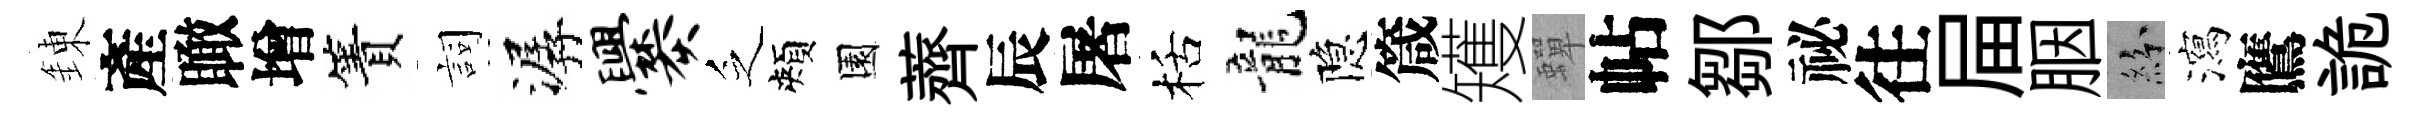
錬產瞰增簀詞潺爨乏頰園薺辰屠栝龍隐箴矱蟬帖鄒祕往屇胭紛瀉鷹詭